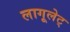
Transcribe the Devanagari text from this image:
लागूलेट्